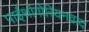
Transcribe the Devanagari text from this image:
पाईथोगोरियनवाद